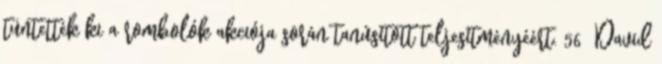
tüntették ki a rombolók akciója során tanúsított teljesítményéért. 56 David